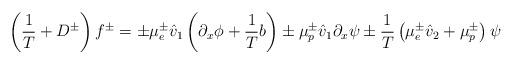
LaTeX: \begin{align*}\left(\frac{1}{T}+D^\pm\right)f^\pm=\pm\mu^\pm_e\hat{v}_1\left(\partial_x\phi+\frac{1}{T} b\right)\pm\mu^\pm_p\hat{v}_1\partial_x\psi\pm\frac{1}{T}\left(\mu^\pm_e\hat{v}_2+\mu^\pm_p\right)\psi\end{align*}